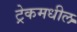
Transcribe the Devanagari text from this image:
ट्रेकमधील